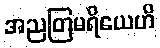
အညတြမရိယေဟိ